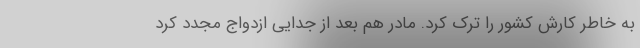
به خاطر کارش کشور را ترک کرد. مادر هم بعد از جدایی ازدواج مجدد کرد